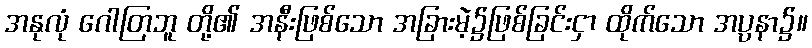
အနုလုံ ဂေါတြဘူ တို့၏ အနီးဖြစ်သော အခြားမဲ့၌ဖြစ်ခြင်းငှာ ထိုက်သော အပ္ပနာ၌။